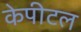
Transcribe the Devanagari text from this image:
केपीटल